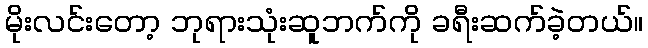
မိုးလင်းတော့ ဘုရားသုံးဆူဘက်ကို ခရီးဆက်ခဲ့တယ်။